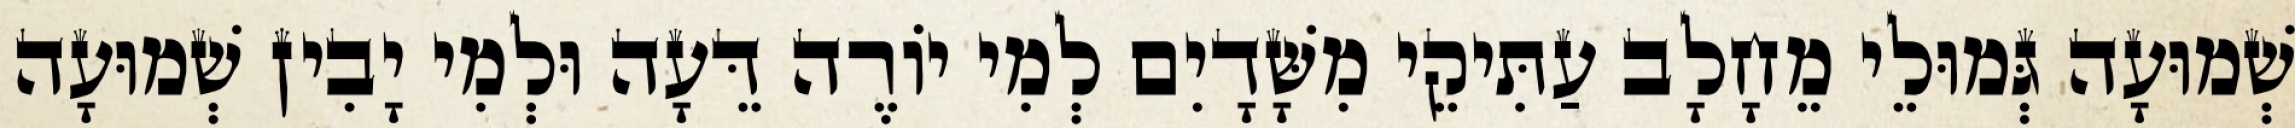
שְׁמוּעָה גְּמוּלֵי מֵחָלָב עַתִּיקֵי מִשָּׁדָיִם לְמִי יוֹרֶה דֵּעָה וּלְמִי יָבִין שְׁמוּעָה